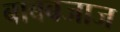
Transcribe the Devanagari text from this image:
बाबबजाज